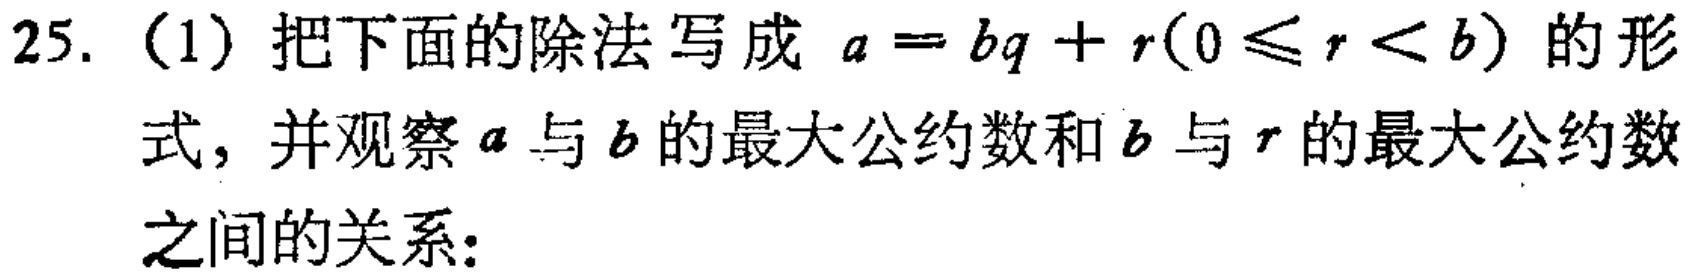
25.（1）把下面的除法写成 \(a = bq + r(0\leqslant r < b)\) 的形式，并观察 \(a\) 与 \(b\) 的最大公约数和 \(b\) 与 \(r\) 的最大公约数之间的关系：